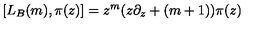
[ L _ { B } ( m ) , \pi ( z ) ] = z ^ { m } ( z \partial _ { z } + ( m + 1 ) ) \pi ( z )